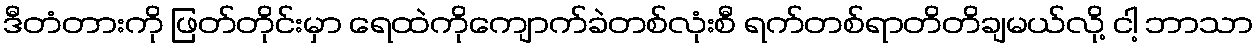
ဒီတံတားကို ဖြတ်တိုင်းမှာ ရေထဲကိုကျောက်ခဲတစ်လုံးစီ ရက်တစ်ရာတိတိချမယ်လို့ ငါ့ ဘာသာ